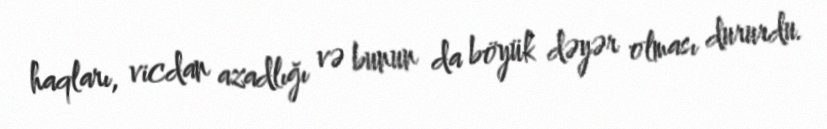
haqları, vicdan azadlığı və bunun da böyük dəyər olması dururdu.